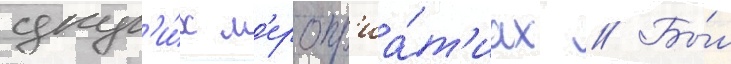
друг'и́х м'еропр'иа́т'иах // Бы́л